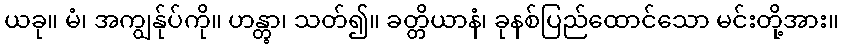
ယခု။ မံ၊ အကျွန်ုပ်ကို။ ဟန္တွာ၊ သတ်၍။ ခတ္တိယာနံ၊ ခုနစ်ပြည်ထောင်သော မင်းတို့အား။